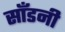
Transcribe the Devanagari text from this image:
साँडनी